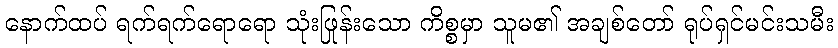
နောက်ထပ် ရက်ရက်ရောရော သုံးဖြုန်းသော ကိစ္စမှာ သူမ၏ အချစ်တော် ရုပ်ရှင်မင်းသမီး